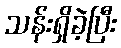
သန်းရှိခဲ့ပြီး